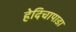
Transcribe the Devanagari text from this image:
हेदिचापाडा